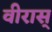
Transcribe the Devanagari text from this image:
वीरास्